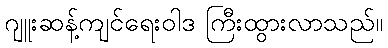
ဂျူးဆန့်ကျင်ရေးဝါဒ ကြီးထွားလာသည်။